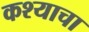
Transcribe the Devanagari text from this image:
कश्याचा